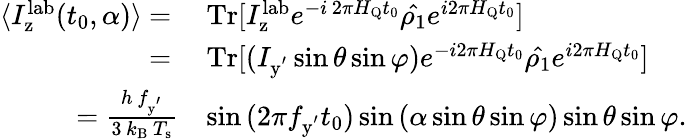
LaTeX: \begin{array}{rl}{\langle I_{\mathrm{z}}^{\mathrm{lab}}(t_{0},\alpha)\rangle~{=}~}&{\mathrm{Tr}[I_{\mathrm{z}}^{\mathrm{lab}}e^{-i\, 2\pi H_{\mathrm{Q}}t_{0}}\hat{\rho_{1}}e^{i2\pi H_{\mathrm{Q}}t_{0}}]}\\ {{=}~}&{\mathrm{Tr}[(I_{\mathrm{y^{'}}}\sin{\theta}\sin{\varphi})e^{-i2\pi H_{\mathrm{Q}}t_{0}}\hat{\rho_{1}}e^{i2\pi H_{\mathrm{Q}}t_{0}}]}\\ {{=}~\frac{h\, f_{\mathrm{y^{'}}}}{3\, k_{\mathrm{B}}\, T_{\mathrm{s}}}}&{\sin{(2\pi f_{\mathrm{y^{'}}}t_{0})}\sin{(\alpha\sin{\theta}\sin{\varphi})}\sin{\theta}\sin{\varphi}.}\end{array}